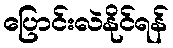
ပြောင်းလဲနိုင်ရန်